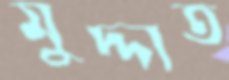
মুদ্দাত